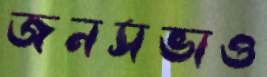
জনসভাও